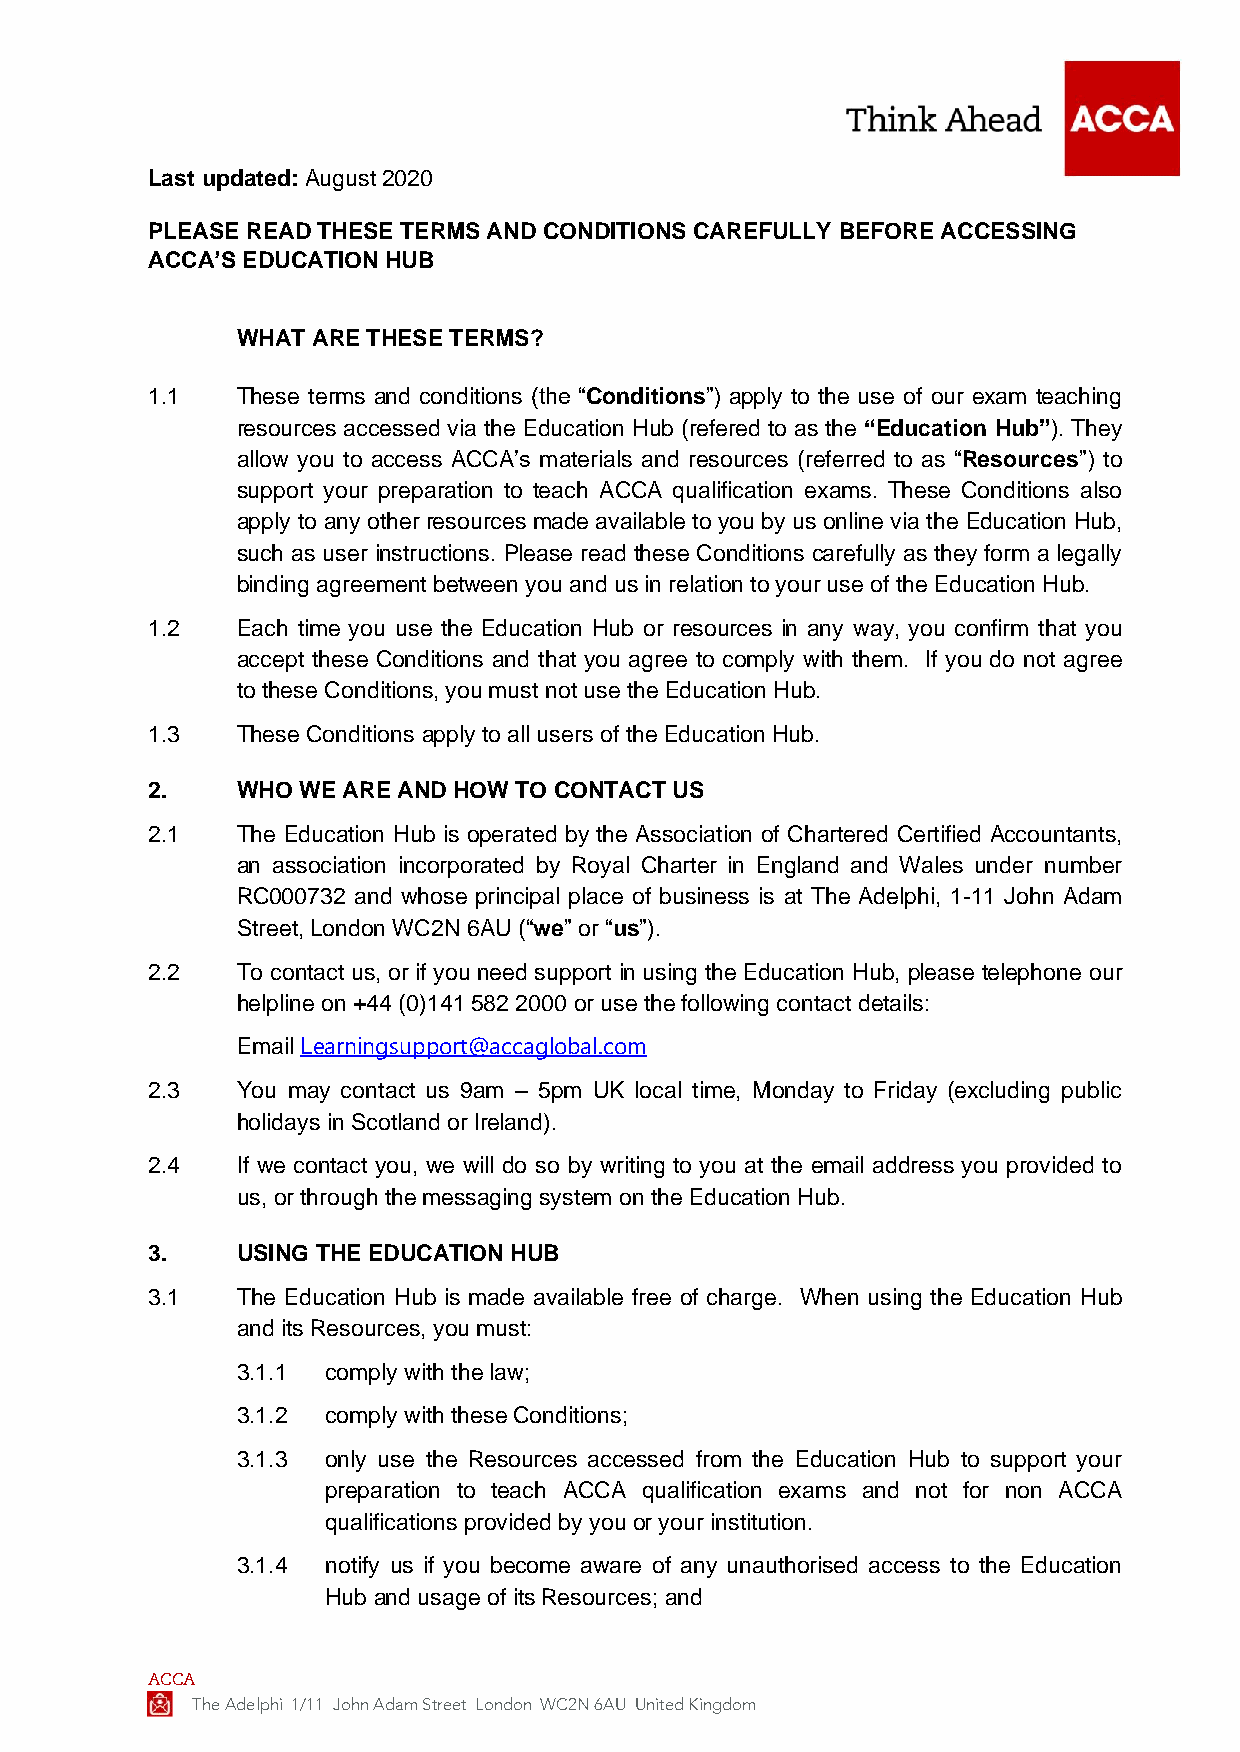
Last updated: August 2020
 PLEASE READ THESE TERMS AND CONDITIONS CAREFULLY BEFORE ACCESSING
 ACCA’S EDUCATION HUB
 WHAT ARE THESE TERMS?
 1.1   These terms and conditions (the “Conditions”) apply to the use of our exam teaching
 resources accessed via the Education Hub (refered to as the “Education Hub”). They
 allow you to access ACCA’s materials and resources (referred to as “Resources”) to
 support your preparation to teach ACCA qualification exams. These Conditions also
 apply to any other resources made available to you by us online via the Education Hub,
 such as user instructions. Please read these Conditions carefully as they form a legally
 binding agreement between you and us in relation to your use of the Education Hub.
 1.2   Each time you use the Education Hub or resources in any way, you confirm that you
 accept these Conditions and that you agree to comply with them. If you do not agree
 to these Conditions, you must not use the Education Hub.
 1.3   These Conditions apply to all users of the Education Hub.
 2.    WHO WE ARE AND HOW TO CONTACT US
 2.1   The Education Hub is operated by the Association of Chartered Certified Accountants,
 an association incorporated by Royal Charter in England and Wales under number
 RC000732 and whose principal place of business is at The Adelphi, 1-11 John Adam
 Street, London WC2N 6AU (“we” or “us”).
 2.2   To contact us, or if you need support in using the Education Hub, please telephone our
 helpline on +44 (0)141 582 2000 or use the following contact details:
 Email Learningsupport@accaglobal.com
 2.3   You may contact us 9am – 5pm UK local time, Monday to Friday (excluding public
 holidays in Scotland or Ireland).
 2.4   If we contact you, we will do so by writing to you at the email address you provided to
 us, or through the messaging system on the Education Hub.
 3.    USING THE EDUCATION HUB
 3.1   The Education Hub is made available free of charge. When using the Education Hub
 and its Resources, you must:
 3.1.1 comply with the law;
 3.1.2 comply with these Conditions;
 3.1.3 only use the Resources accessed from the Education Hub to support your
 preparation to teach ACCA qualification exams and not for non ACCA
 qualifications provided by you or your institution.
 3.1.4 notify us if you become aware of any unauthorised access to the Education
 Hub and usage of its Resources; and
 ACCA
 The Adelphi 1/11 John Adam Street London WC2N 6AU United Kingdom